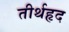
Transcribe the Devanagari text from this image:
तीर्थहृद